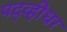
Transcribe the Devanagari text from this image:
पद्व्हीधर